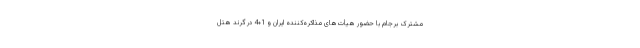
مشترک برجام با حضور هیأت‌های مذاکره‌کننده ایران و 1+4 در گرند هتل